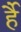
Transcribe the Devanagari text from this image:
र्है